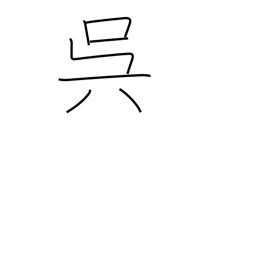
Meaning: do something for